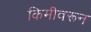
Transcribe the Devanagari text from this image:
किमीवरून